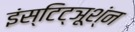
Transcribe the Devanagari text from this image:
इंस्टिट्ञूश्ंन